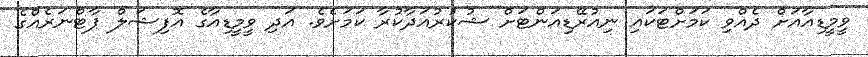
ވީމީޑިއާއަށް ދެއްވި ކަމަށްޓަކައި ނިއުރޭޑިއަންޓަށް ޝުކުރުއަދާކުރާ ކަމަށެވެ. އަދި ވީމީޑިއާގެ އޮފިޝަލް ޕާޓްނަރެއްގެ